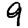
Digit: 9